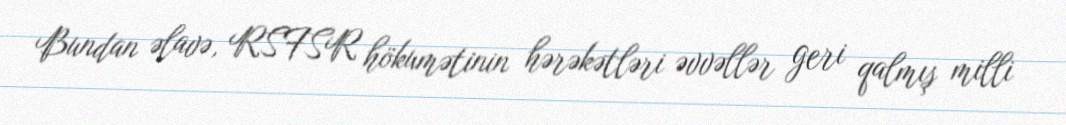
Bundan əlavə, RSFSR hökumətinin hərəkətləri əvvəllər geri qalmış milli